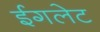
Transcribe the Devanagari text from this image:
ईगलेट